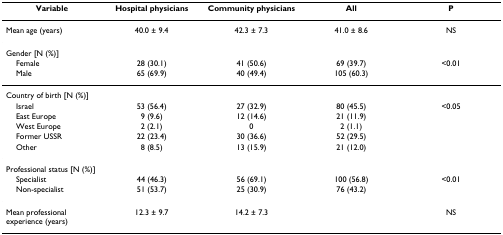
<table><thead><tr><td><b>Variable</b></td><td><b>Hospital physicians</b></td><td><b>Community physicians</b></td><td><b>All</b></td><td><b>P</b></td></tr></thead><tbody><tr><td>Mean age (years)</td><td>40.0 ± 9.4</td><td>42.3 ± 7.3</td><td>41.0 ± 8.6</td><td>NS</td></tr><tr><td colspan="5">Gender [N (%)]</td></tr><tr><td> Female</td><td>28 (30.1)</td><td>41 (50.6)</td><td>69 (39.7)</td><td>&lt;0.01</td></tr><tr><td> Male</td><td>65 (69.9)</td><td>40 (49.4)</td><td>105 (60.3)</td><td></td></tr><tr><td colspan="5">Country of birth [N (%)]</td></tr><tr><td> Israel</td><td>53 (56.4)</td><td>27 (32.9)</td><td>80 (45.5)</td><td>&lt;0.05</td></tr><tr><td> East Europe</td><td>9 (9.6)</td><td>12 (14.6)</td><td>21 (11.9)</td><td></td></tr><tr><td> West Europe</td><td>2 (2.1)</td><td>0</td><td>2 (1.1)</td><td></td></tr><tr><td> Former USSR</td><td>22 (23.4)</td><td>30 (36.6)</td><td>52 (29.5)</td><td></td></tr><tr><td> Other</td><td>8 (8.5)</td><td>13 (15.9)</td><td>21 (12.0)</td><td></td></tr><tr><td colspan="5">Professional status [N (%)]</td></tr><tr><td> Specialist</td><td>44 (46.3)</td><td>56 (69.1)</td><td>100 (56.8)</td><td>&lt;0.01</td></tr><tr><td> Non-specialist</td><td>51 (53.7)</td><td>25 (30.9)</td><td>76 (43.2)</td><td></td></tr><tr><td>Mean professional experience (years)</td><td>12.3 ± 9.7</td><td>14.2 ± 7.3</td><td></td><td>NS</td></tr></tbody></table>